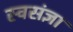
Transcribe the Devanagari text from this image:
स्वसंज्ञा